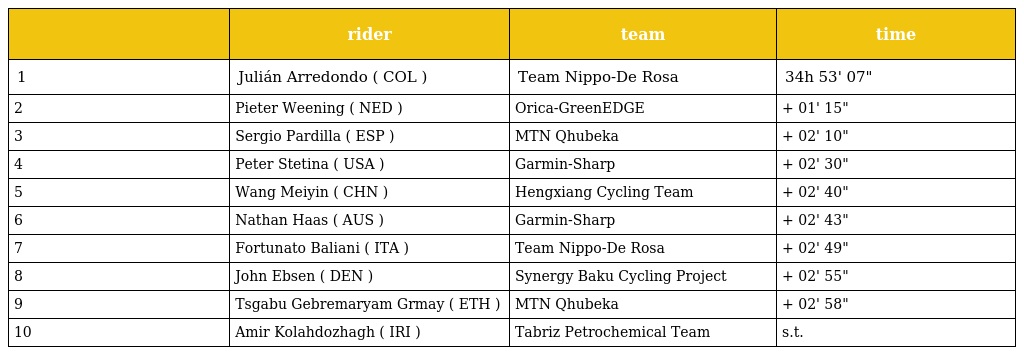
|  | rider | team | time |
 | --- | --- | --- | --- |
 | 1 | Julián Arredondo ( COL ) | Team Nippo-De Rosa | 34h 53' 07" |
 | 2 | Pieter Weening ( NED ) | Orica-GreenEDGE | + 01' 15" |
 | 3 | Sergio Pardilla ( ESP ) | MTN Qhubeka | + 02' 10" |
 | 4 | Peter Stetina ( USA ) | Garmin-Sharp | + 02' 30" |
 | 5 | Wang Meiyin ( CHN ) | Hengxiang Cycling Team | + 02' 40" |
 | 6 | Nathan Haas ( AUS ) | Garmin-Sharp | + 02' 43" |
 | 7 | Fortunato Baliani ( ITA ) | Team Nippo-De Rosa | + 02' 49" |
 | 8 | John Ebsen ( DEN ) | Synergy Baku Cycling Project | + 02' 55" |
 | 9 | Tsgabu Gebremaryam Grmay ( ETH ) | MTN Qhubeka | + 02' 58" |
 | 10 | Amir Kolahdozhagh ( IRI ) | Tabriz Petrochemical Team | s.t. |